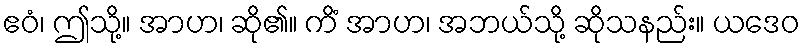
ဧဝံ၊ ဤသို့။ အာဟ၊ ဆို၏။ ကိံ အာဟ၊ အဘယ်သို့ ဆိုသနည်း။ ယဒေဝ